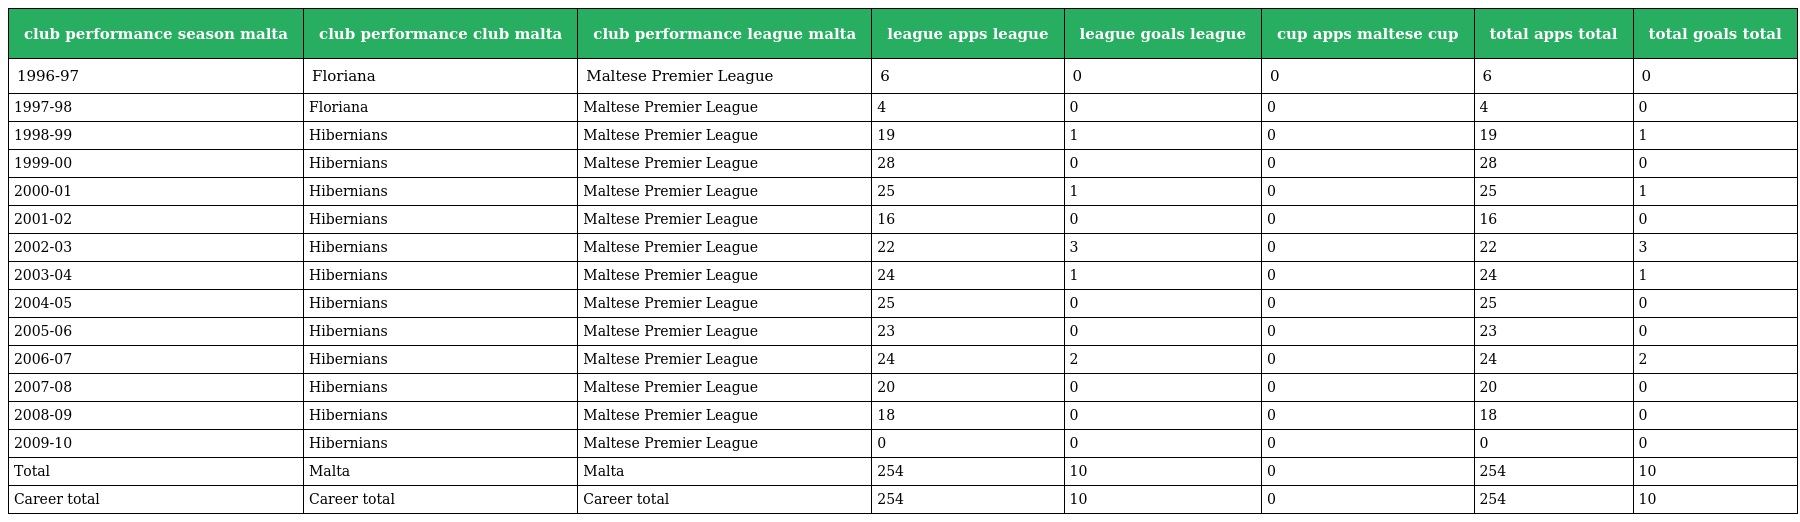
| club performance season malta | club performance club malta | club performance league malta | league apps league | league goals league | cup apps maltese cup | total apps total | total goals total |
 | --- | --- | --- | --- | --- | --- | --- | --- |
 | 1996-97 | Floriana | Maltese Premier League | 6 | 0 | 0 | 6 | 0 |
 | 1997-98 | Floriana | Maltese Premier League | 4 | 0 | 0 | 4 | 0 |
 | 1998-99 | Hibernians | Maltese Premier League | 19 | 1 | 0 | 19 | 1 |
 | 1999-00 | Hibernians | Maltese Premier League | 28 | 0 | 0 | 28 | 0 |
 | 2000-01 | Hibernians | Maltese Premier League | 25 | 1 | 0 | 25 | 1 |
 | 2001-02 | Hibernians | Maltese Premier League | 16 | 0 | 0 | 16 | 0 |
 | 2002-03 | Hibernians | Maltese Premier League | 22 | 3 | 0 | 22 | 3 |
 | 2003-04 | Hibernians | Maltese Premier League | 24 | 1 | 0 | 24 | 1 |
 | 2004-05 | Hibernians | Maltese Premier League | 25 | 0 | 0 | 25 | 0 |
 | 2005-06 | Hibernians | Maltese Premier League | 23 | 0 | 0 | 23 | 0 |
 | 2006-07 | Hibernians | Maltese Premier League | 24 | 2 | 0 | 24 | 2 |
 | 2007-08 | Hibernians | Maltese Premier League | 20 | 0 | 0 | 20 | 0 |
 | 2008-09 | Hibernians | Maltese Premier League | 18 | 0 | 0 | 18 | 0 |
 | 2009-10 | Hibernians | Maltese Premier League | 0 | 0 | 0 | 0 | 0 |
 | Total | Malta | Malta | 254 | 10 | 0 | 254 | 10 |
 | Career total | Career total | Career total | 254 | 10 | 0 | 254 | 10 |